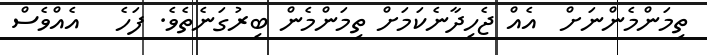
ތިމަންމެންނަށް  އެއް ޖެހިދާނެކަމަށް ތިމަންމެން ބިރުގަނެތެވެ. ފަހެ   އެއްވެސް